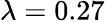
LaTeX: \lambda=0.27